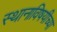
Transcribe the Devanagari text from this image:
स्थानाविषयीच्या